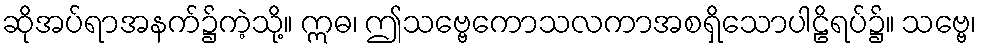
ဆိုအပ်ရာအနက်၌ကဲ့သို့။ ဣဓ၊ ဤသဗ္ဗေကောသလကာအစရှိသောပါဠိရပ်၌။ သဗ္ဗေ၊